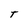
Character: t